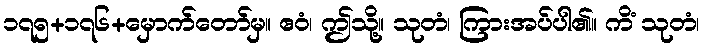
၁၇၅+၁၇၆+မှောက်တော်မှ။ ဧဝံ၊ ဤသို့။ သုတံ၊ ကြားအပ်ပါ၏။ ကိံ သုတံ၊